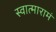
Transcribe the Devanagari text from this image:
स्वात्मारामं